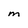
Character: M